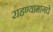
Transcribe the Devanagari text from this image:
राहण्यामागचे